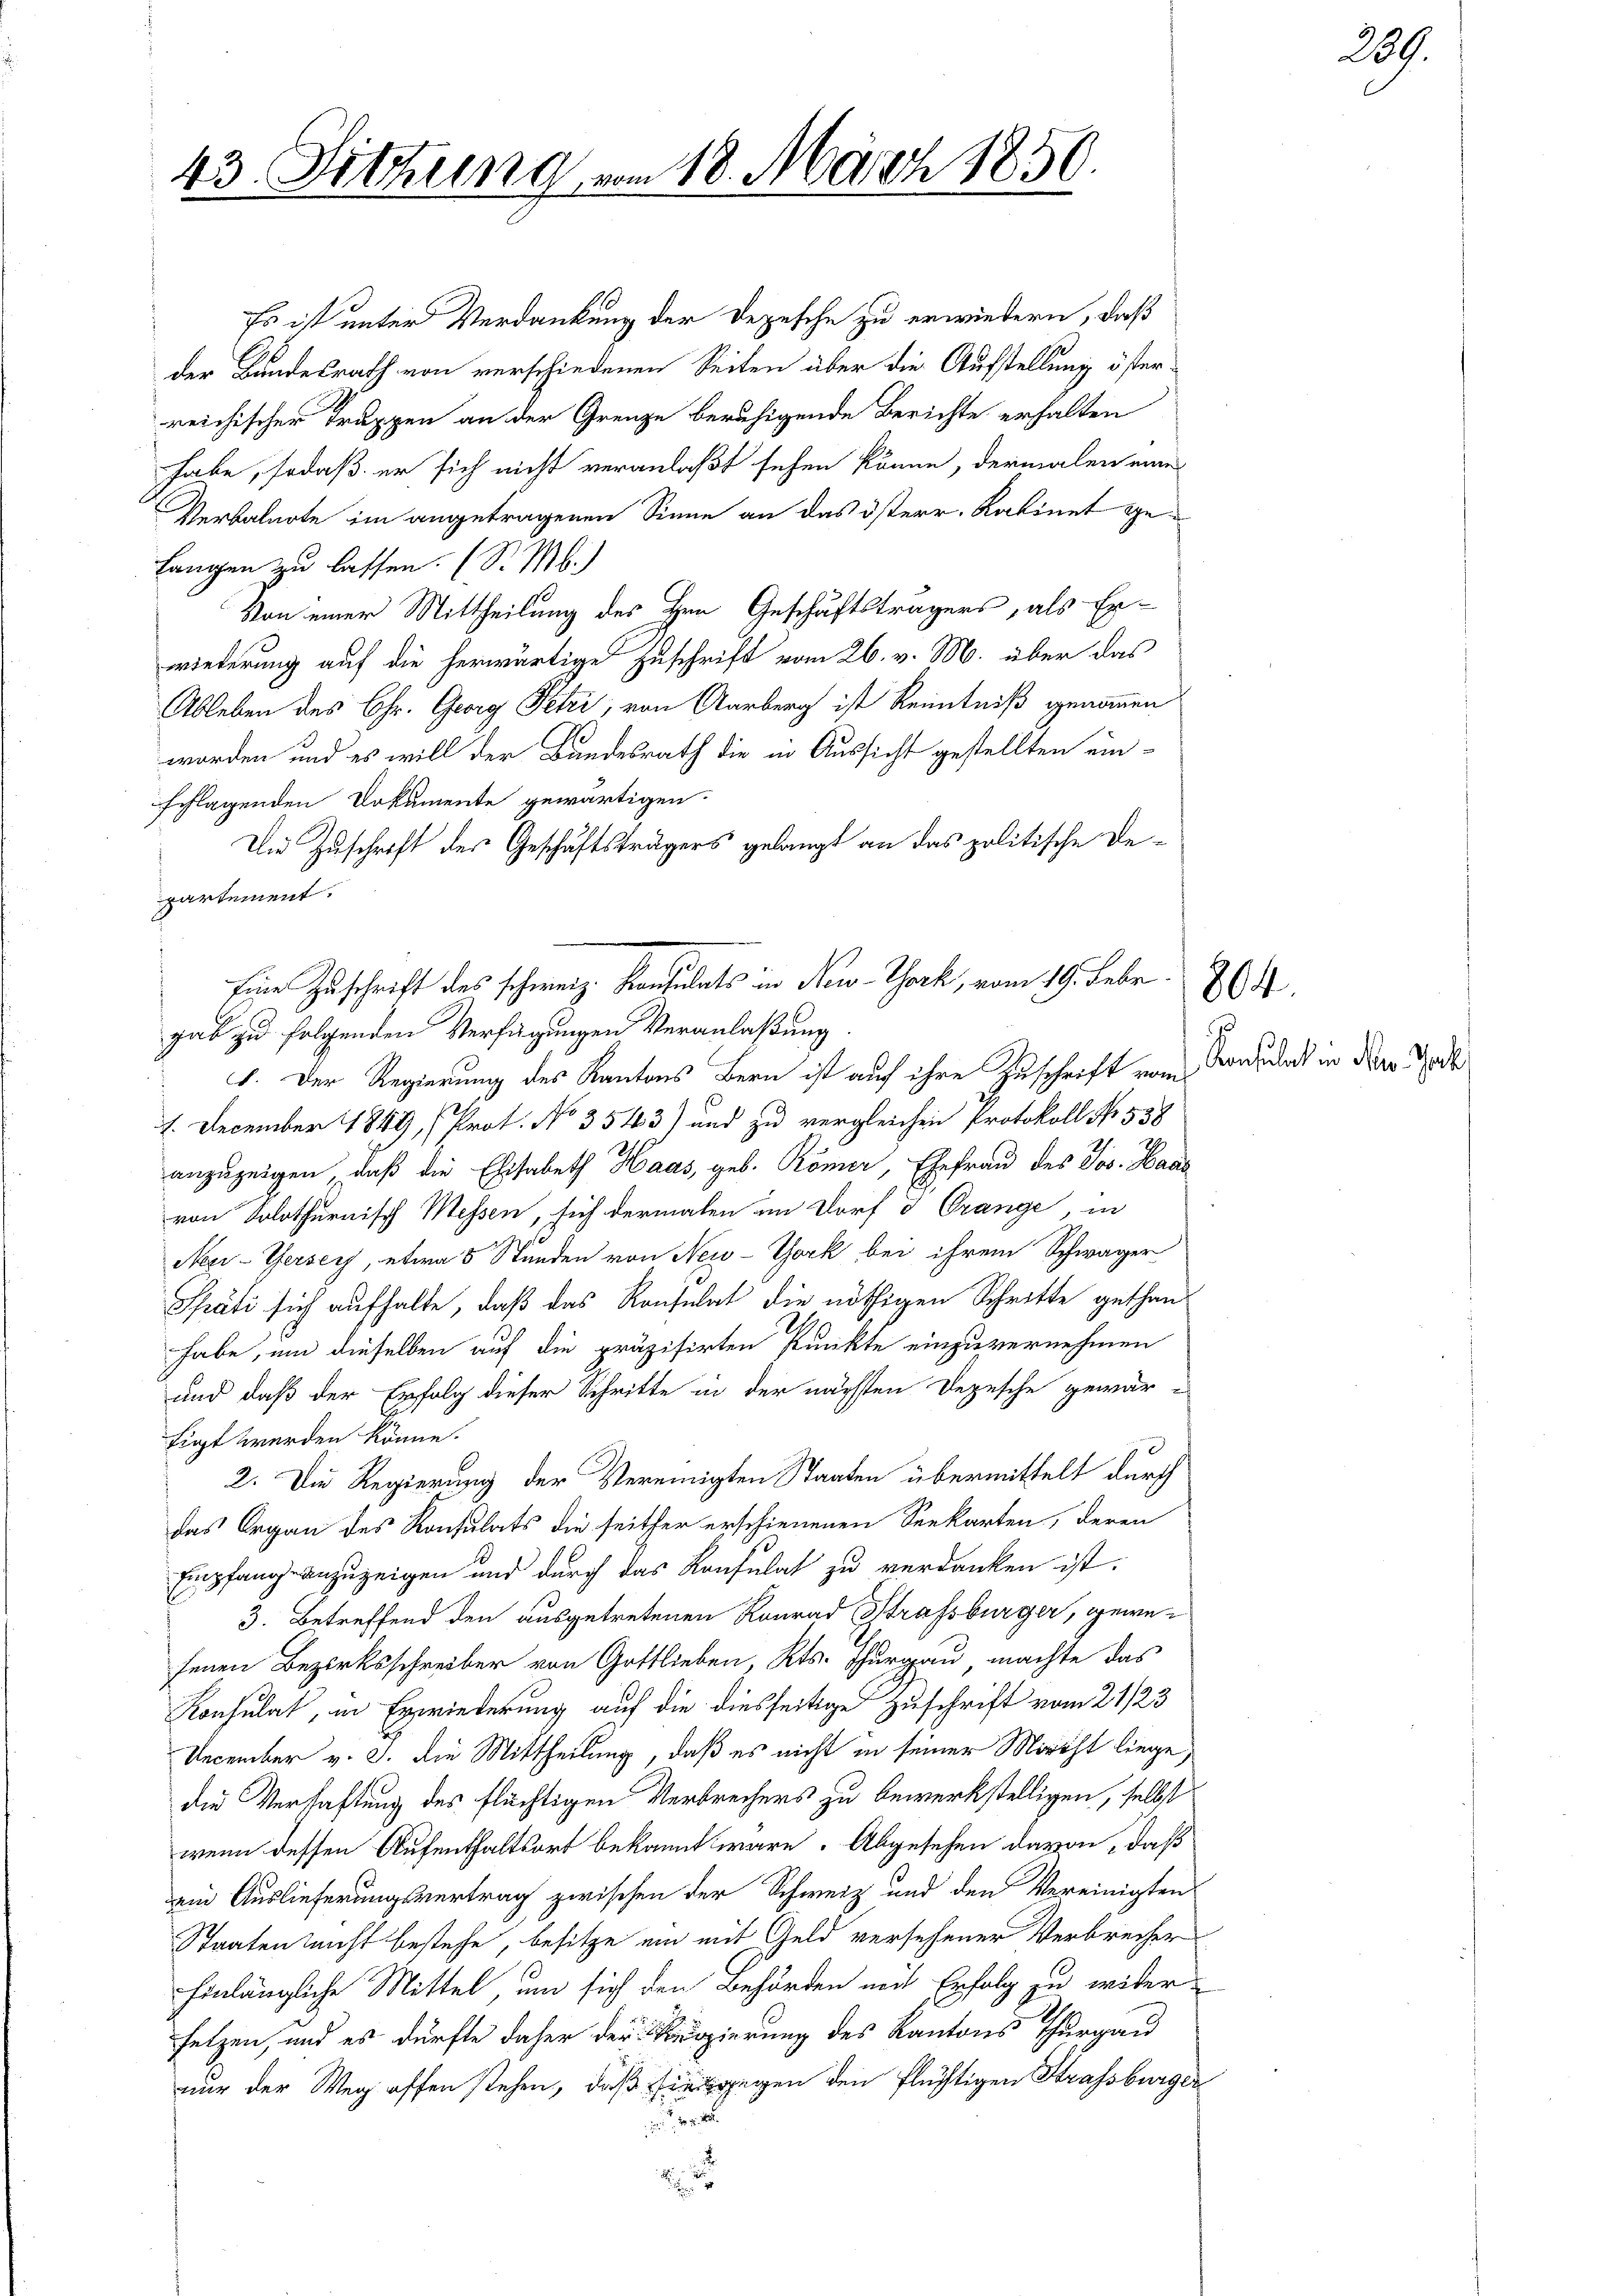
43. Sitzung vom 18. März 1850.

Es ist unter Verdankung der Depesche zu erwiedern, daß
der Bundesrath von verschiedenen Seiten über die Aufstellung öster
reichischer Trappen an der Grenze beruhigende Berichte erhalten
habe, sodaß er sich nicht veranlaßt sehen könne, dermalen eine
Verbalnote im angetragenen Sinne an das österr. Ratinet ge¬
Langen zu lassen. (S. M.)
Von einer Mittheilung des Hrn. Geschäftsträgers, als Erwiederung auf die herwärtige Zuschrift vom 26. v. M. über das
Ableben des Chr. Georg Petri, von Aarberg ist Kenntniß genommen
worden und es will der Bundesrath die in Aussicht gestellten einschlagenden Dokumente gewärtigen.
Die Zuschrift des Geschäftsträgers gelangt an das politische Departement.
1. Der Regierung des Kantons Bern ist auf ihre Zuschrift vom
1. December 1849, (Prot. No 3543) und zu vergleichen Protokoll No. 538
anzuzeigen, daß die Elisabeth Haas, geb. Römer, Ehefrau des Jos. Haas
von Solothurnisch Messen, sich dermalen im Dorf & Orange, in
Nei-Gersey, etwa 5 Stunden von New-York bei ihrem Schwager
Späti sich aufhalte, daß das Konsulat die nöthigen Schritte gethanhabe, um dieselben auf die präzisirten Punkte einzuvernehmen
und daß der Erfolg dieser Schritte in der nächsten Depesche gewar-
tigt werden könne.
2. Die Regierung der Vereinigten Staaten übermittelt durch
das Organ des Konsulats die seither erschienenen Seekarten, deren
Empfang anzuzeigen und durch das Konsulat zu verdanken ist.
3. Betreffend den ausgetretenen Konrad Strafsbürger, gewefenen Bezirksschreiber von Gottlieben, Kts. Thurgau machte das
Konsulat, in Erwiederung auf die diesseitige Zuschrift vom 21/23
December v. J. die Mittheilung, daß es nicht in seiner Moricht liege,
die Verhaftung des flüchtigen Verbrechers zu bewerkstelligen, selbst
wenn dessen Aufenthaltsort bekannt wäre. Abgesehen davon, daß
ein Auslieferungsvertrag zwischen der Schweiz und den Vereinigten
Staaten nicht bestehe, besitze ein mit Geld versehener Verbrecher
hinlängliche Mittel, um sich den Behörden mit Erfolg zu wider
setzen, und es dürfte daher der Regierung des Kantons Thurgau
nur der Weg offen stehen, daß in gegen den flüchtigen Strassburger

gab zu folgenden Verfügungen Veranlaßung

Eine Zuschrift des schweiz. Konsulats in New-York, vom 19. Febr

804

Konsulat in Neu Jak

289.